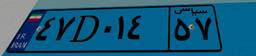
۵۴D۴۵۰۷۵